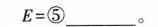
$$ E = ⑤___ $$。